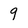
Character: 9